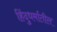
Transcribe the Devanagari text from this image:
हिंदुधर्मातील